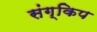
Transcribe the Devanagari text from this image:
संग्किप